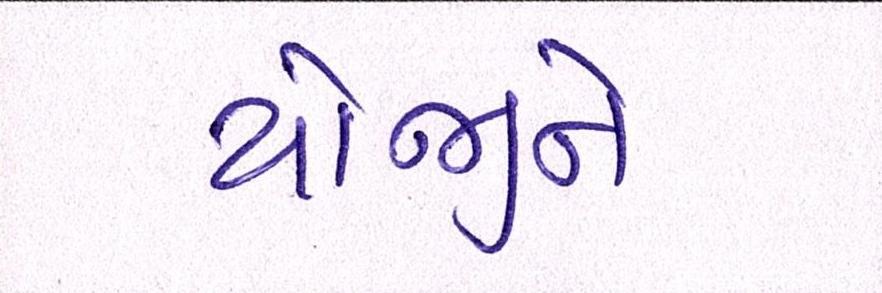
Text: યોજીને